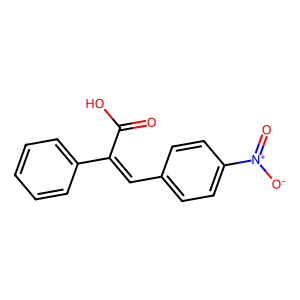
SMILES: O=C(O)C(=Cc1ccc([N+](=O)[O-])cc1)c1ccccc1
Inhibits HIV replication: No